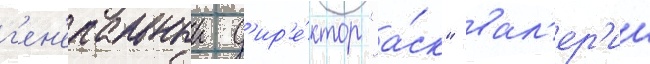
г'ен'еральныи д'ир'е́ктор "а́ск" вал'ер'ии